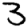
Digit: 3